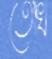
তোখ